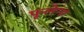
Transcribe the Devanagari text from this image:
फूलेना